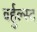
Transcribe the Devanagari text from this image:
वर्हुल्स्ट